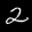
Label: 2